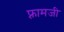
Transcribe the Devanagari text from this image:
फ़्रामजी